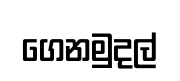
ගෙනමුදල්